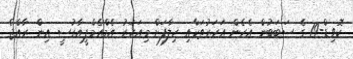
ކޮވިޑް-19 ގެ ސަބަބުން އެހެން އަހަރުތަކާއި ހިލާފަށް މިއަހަރު އެމްއެމްޕީއާރުސީ އިން ރާއްޖެ